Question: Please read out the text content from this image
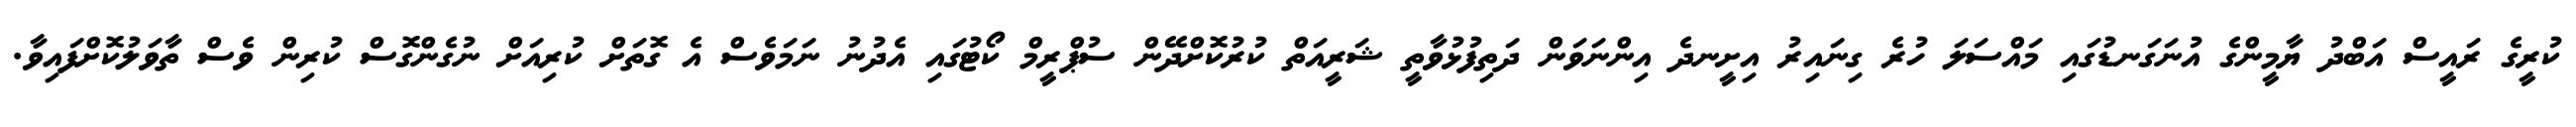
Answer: ކުރީގެ ރައީސް އަބްދު ޔާމީންގެ އުނަގަނޑުގައި މައްސަލަ ހުރެ ގިނައިރު އިށީނދެ އިންނަވަން ދަތިފުޅުވާތީ ޝަރީއަތް ކުރުކޮށްދޭން ސުޕްރީމް ކޯޓުގައި އެދުނު ނަމަވެސް އެ ގޮތަށް ކުރިއަށް ނުގެންގޮސް ކުރިން ވެސް ތާވަލުކޮށްފައިވާ.